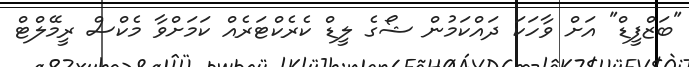
"ބަޒްފީޑް" އަށް ވާހަކަ ދައްކަމުން ޝޯގެ ލީޑް ކެރެކްޓަރެއް ކަމަށްވާ މެކްސް ރީމޭލްޓް